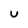
Character: U